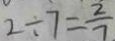
2 \div 7 = \frac { 2 } { 7 }